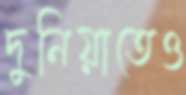
দুনিয়াতেও